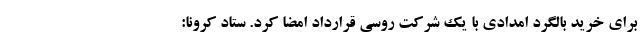
برای خرید بالگرد امدادی با یک شرکت روسی قرارداد امضا کرد. ستاد کرونا: